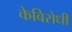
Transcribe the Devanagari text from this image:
केविरोधी